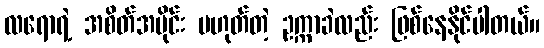
လရောရဲ့ အစိတ်အပိုင်း မဟုတ်တဲ့ ဥက္ကာခဲလည်း ဖြစ်နေနိုင်ပါတယ်။